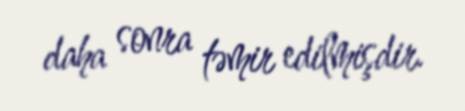
daha sonra təmir edilmişdir.